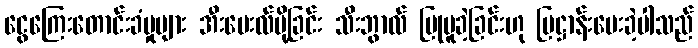
ငွေကြေးတောင်းခံမှုများ အီးမေးလ်ပို့ခြင်း သီးဘွာလ် ပြုမူခဲ့ခြင်းဟု ပြဋ္ဌာန်းပေးခဲ့ပါသည်